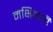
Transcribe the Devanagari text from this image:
मक्षिकाएँ